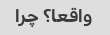
واقعا؟ چرا